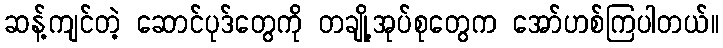
ဆန့်ကျင်တဲ့ ဆောင်ပုဒ်တွေကို တချို့အုပ်စုတွေက အော်ဟစ်ကြပါတယ်။